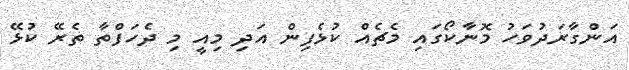
އަންގާރަދުވަހު މޮނާކޯގައި މެޗެއް ކުޅެފިން އަދި މިއީ މި ދެހަފްތާ ތެރޭ ކުޅޭ